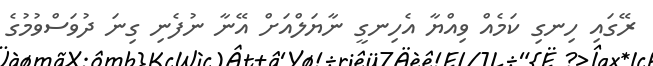
ރޭގައި ހިނގި ކަމެއް ވިއްޔާ އެހިނގީ ނާޔަލްއަށް އޭނާ ނުފެނި ގިނަ ދުވަސްވުމުގެ